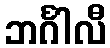
ဘင်္ဂါလီ